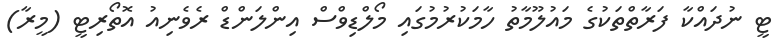
ޓީ ނުދައްކާ ފަރާތްތަކުގެ މައުލޫމާތު ހާމަކުރުމުގައި މޯލްޑިވްސް އިންލަންޑް ރެވެނިއު އޮތޯރިޓީ (މީރާ)